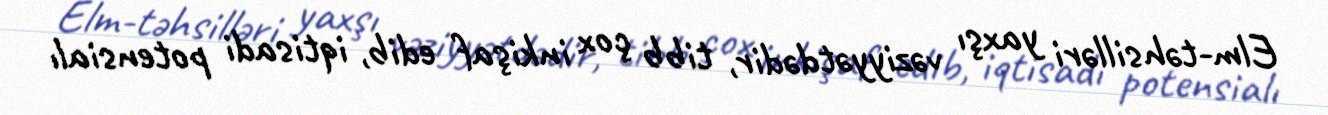
Elm-təhsilləri yaxşı vəziyyətdədir, tibb çox inkişaf edib, iqtisadi potensialı